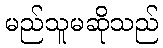
မည်သူမဆိုသည်